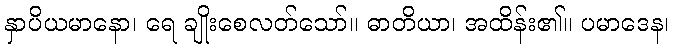
နှာပိယမာနော၊ ရေ ချိုးစေလတ်သော်။ ဓာတိယာ၊ အထိန်း၏။ ပမာဒေန၊